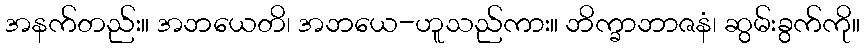
အနက်တည်း။ အဘယေတိ၊ အဘယေ-ဟူသည်ကား။ ဘိက္ခာဘာဇနံ၊ ဆွမ်းခွက်ကို။